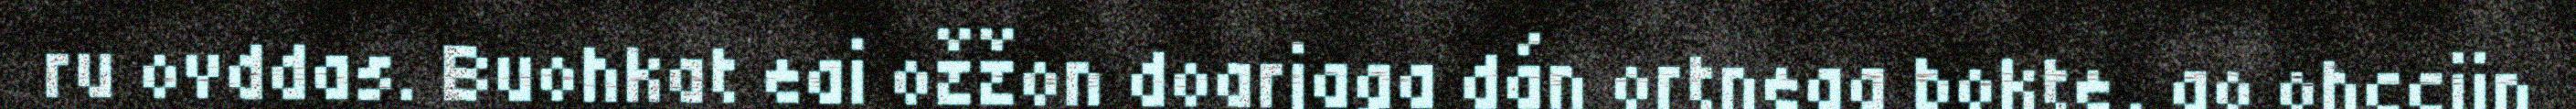
ru ovddas. Buohkat eai ožžon doarjaga dán ortnega bokte, go ohcciin